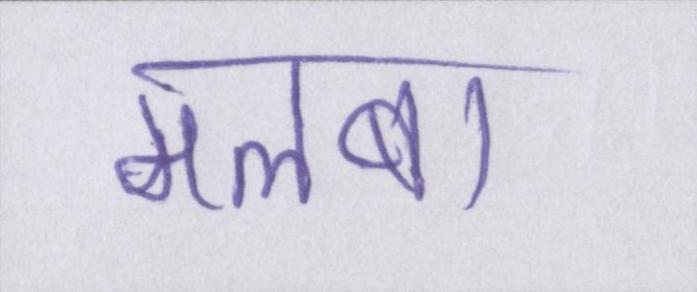
मलबा